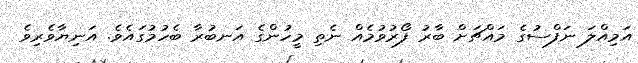
އަމިއްލަ ނަފްސުގެ މައްޗަށް ބާރު ފޯރުވުމެއް ނެތި މީހުންގެ އަނބުރާ ބެހުމުގައެވެ. އަނިޔާވެރިވެ